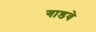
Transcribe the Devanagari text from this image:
गाडवे